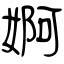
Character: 婀